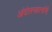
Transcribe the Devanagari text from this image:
आंदोलनकर्त्यांनी